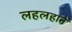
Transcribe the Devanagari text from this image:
लहलहाने